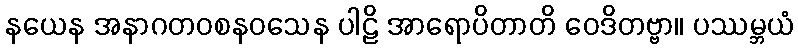
နယေန အနာဂတဝစနဝသေန ပါဠိ အာရောပိတာတိ ဝေဒိတဗ္ဗာ။ ပဿမ္ဘယံ